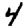
Digit: 4